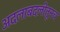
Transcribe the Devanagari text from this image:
अदलाबदलीतूनच